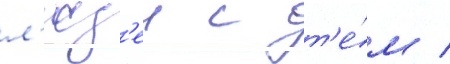
л'юд'еи с т'е́м /